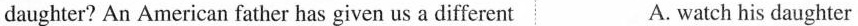
daughter? An American father has given us a different A. watch his daughter